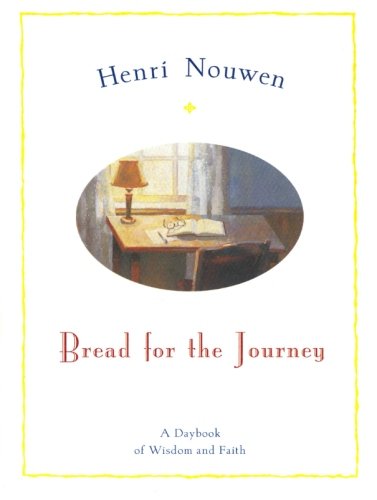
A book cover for Bread For The Journey: A Daybook of Wisdom and Faith; Henri J. M. Nouwen; Christian Books & Bibles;